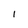
Character: I